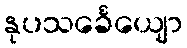
နုပသင်္ခေယျော